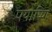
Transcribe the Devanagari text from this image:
पयोष्णि